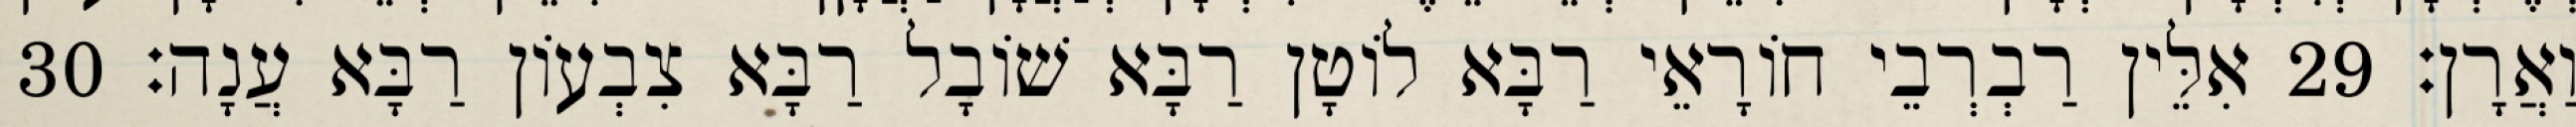
וַאֲרָן׃ 29 אִלֵּין רַבְרְבֵי חוֹרָאֵי רַבָּא לוֹטָן רַבָּא שׁוֹבָל רַבָּא צִבְעוֹן רַבָּא עֲנָה׃ 30